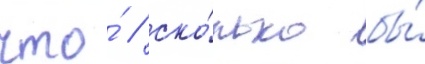
что́ / ско́лько бы́